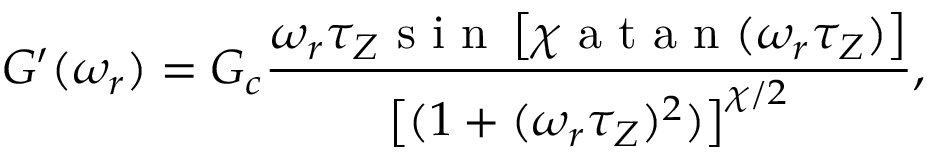
G ^ { \prime } ( \omega _ { r } ) = G _ { c } \frac { \omega _ { r } \tau _ { Z } \textrm { s i n } \left[ \chi \textrm { a t a n } ( \omega _ { r } \tau _ { Z } ) \right] } { \left[ ( 1 + ( \omega _ { r } \tau _ { Z } ) ^ { 2 } ) \right] ^ { \chi / 2 } } ,